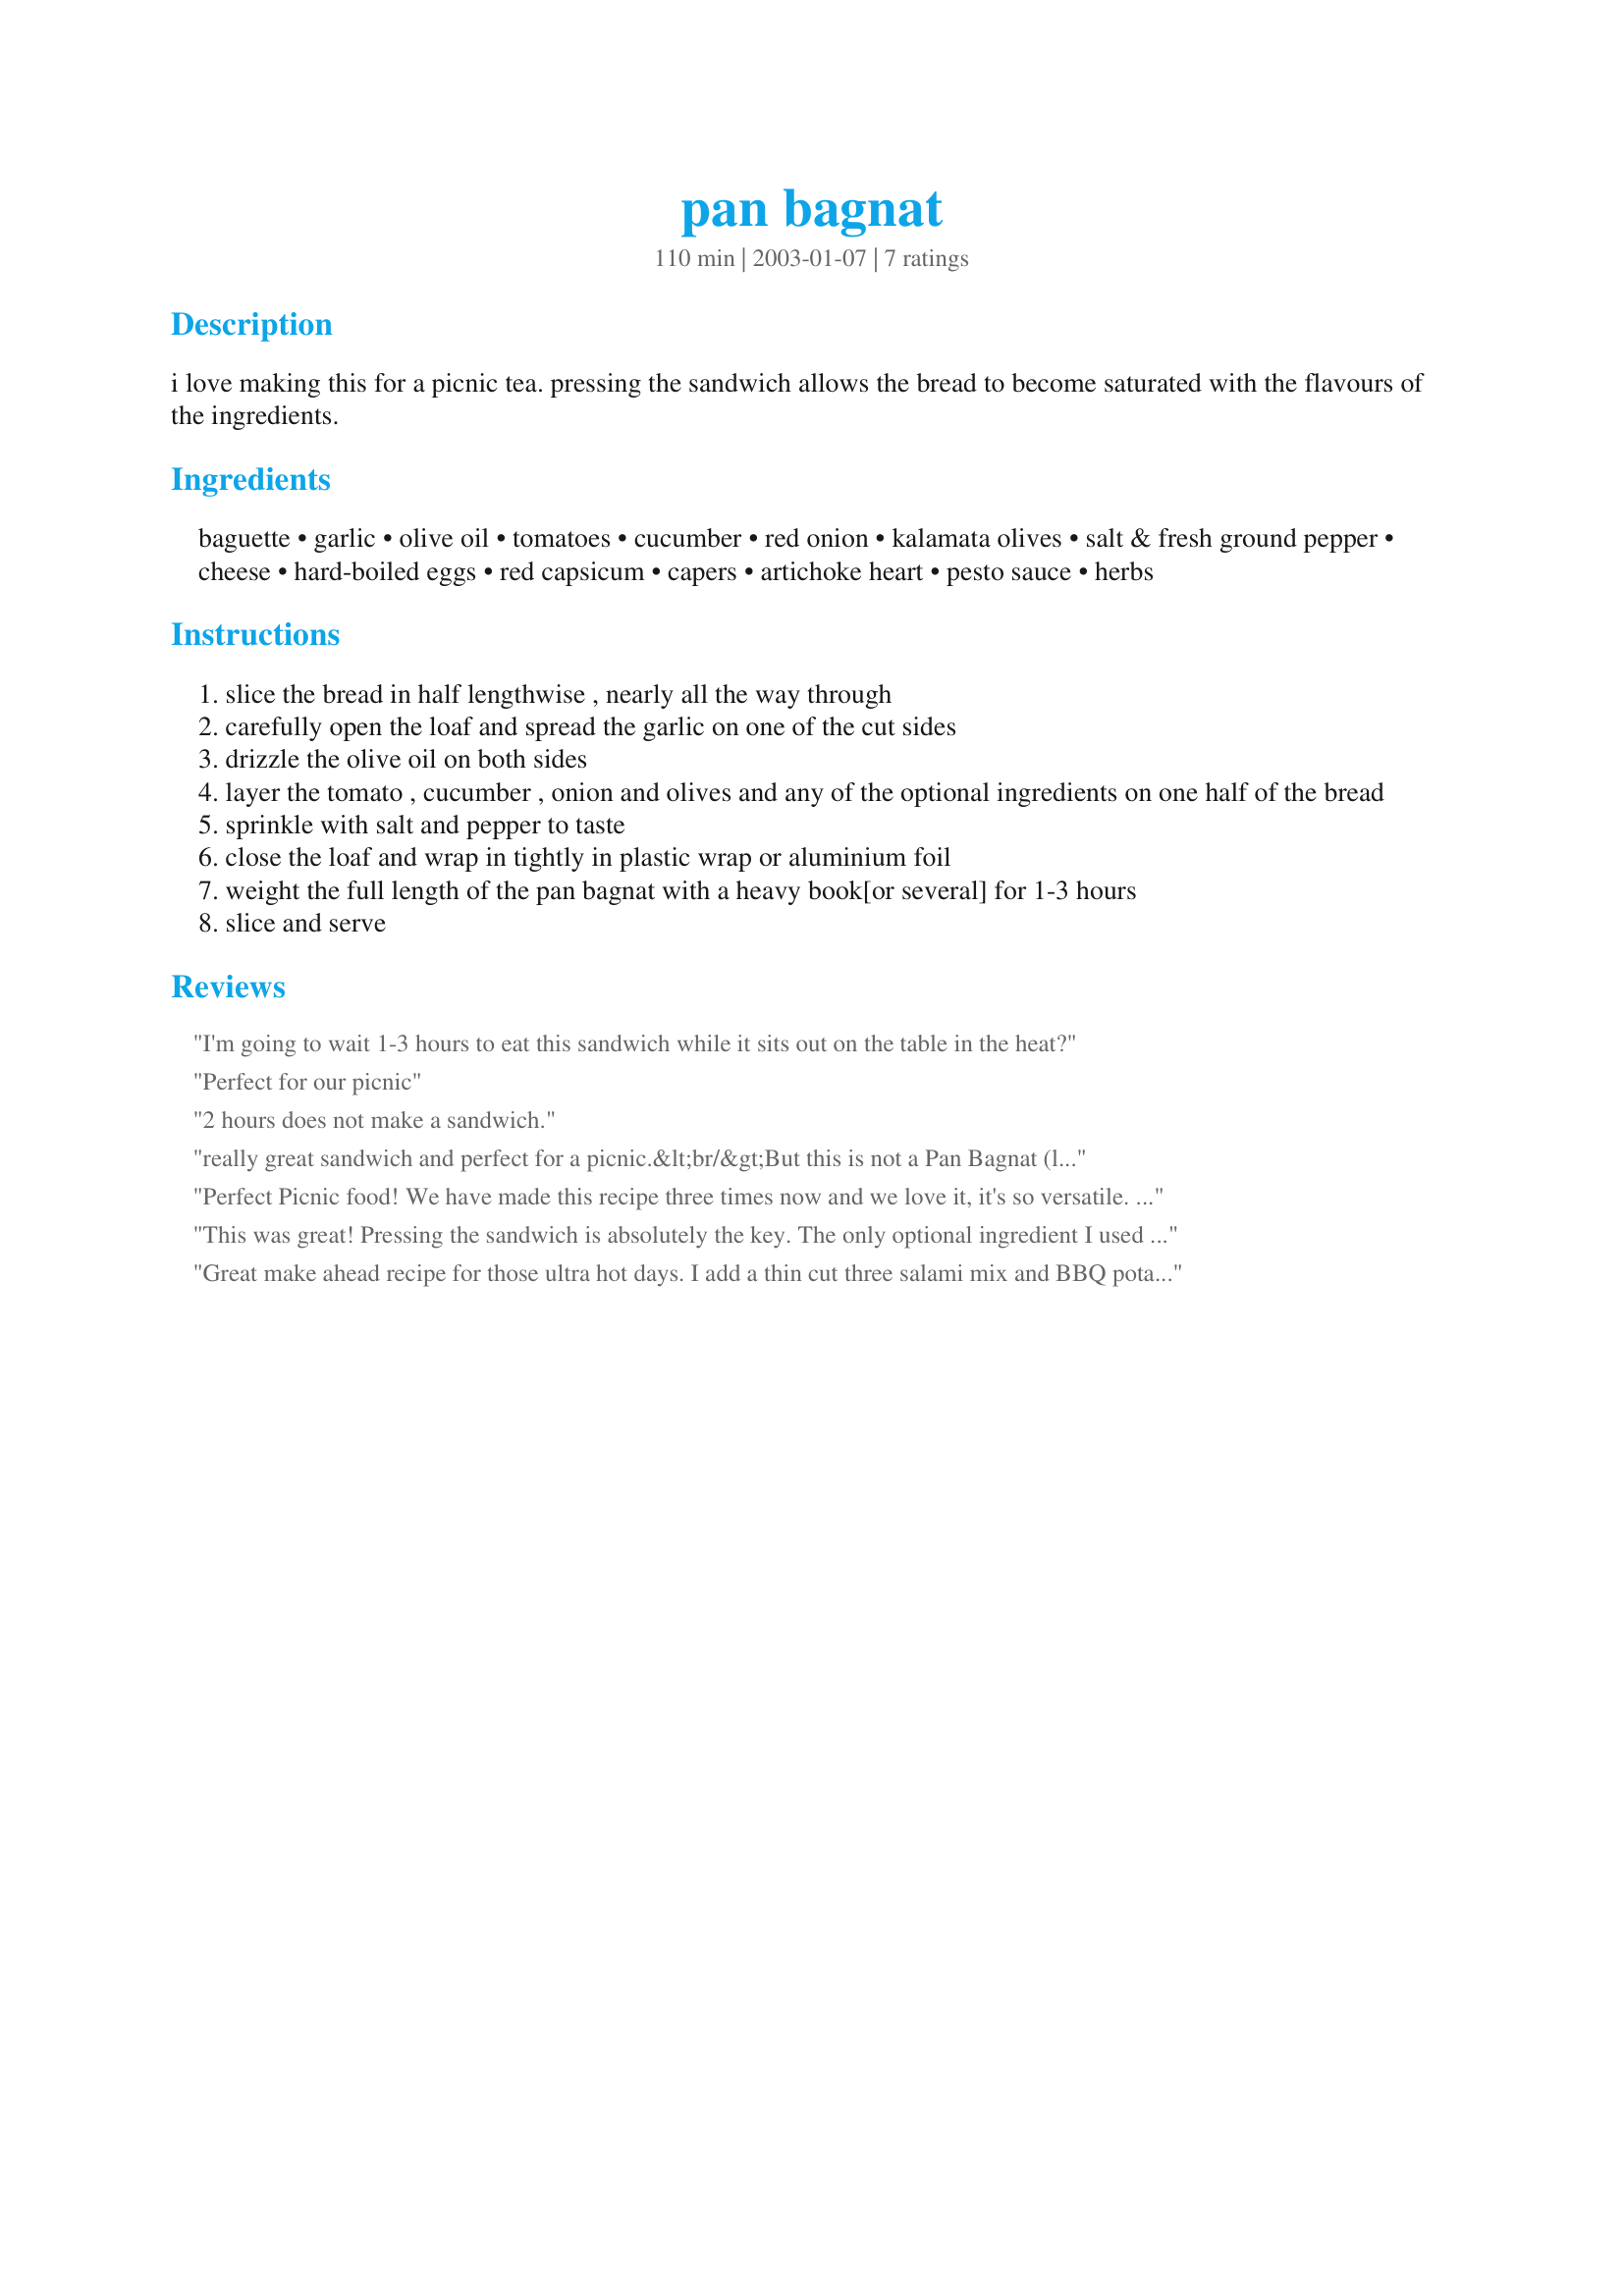
pan bagnat
Preparation time: 110 minutes

i love making this for a picnic tea. pressing the sandwich allows the bread to become saturated with the flavours of the ingredients.

Ingredients:
baguette, garlic, olive oil, tomatoes, cucumber, red onion, kalamata olives, salt & fresh ground pepper, cheese, hard-boiled eggs, red capsicum, capers, artichoke heart, pesto sauce, herbs

Steps:
slice the bread in half lengthwise , nearly all the way through
carefully open the loaf and spread the garlic on one of the cut sides
drizzle the olive oil on both sides
layer the tomato , cucumber , onion and olives and any of the optional ingredients on one half of the bread
sprinkle with salt and pepper to taste
close the loaf and wrap in tightly in plastic wrap or aluminium foil
weight the full length of the pan bagnat with a heavy book[or several] for 1-3 hours
slice and serve

Reviews:
I'm going to wait 1-3 hours to eat this sandwich while it sits out on the table in the heat?
Perfect for our picnic
2 hours does not make a sandwich.
really great sandwich and perfect for a picnic.&lt;br/&gt;But this is not a Pan Bagnat (lettuce, tomatoe, tuna, anchovie,boiled egg,black olives,onion and fresh basil)
Perfect Picnic food! We have made this recipe three times now and we love it, it's so versatile. I think you can make it vegetarian or add meat for meat eaters. I followed the recipe exactly as written the first time we made it and it was so yummy. Now we add finely slice chicken breast and it's still very yummy. We pack it in the esky and ate it up at the park. I have also made it as an after school snack, (fix it at lunch time and perfect when Little Miss (DD) returns home). It's important to leave it flat for more then 1 hour because the flavours all enhance together. I like using Crusty Cobb Bread as it's easy to manage. Thank you Missy Wombat.
This was great! Pressing the sandwich is absolutely the key. The only optional ingredient I used was cheese, but next time I will try more. This made a great light dinner, and is definitly a keeper.
Great make ahead recipe for those ultra hot days. I add a thin cut three salami mix and BBQ potato chips for a no cook meal. Look forward to the hot weather just to make this!
